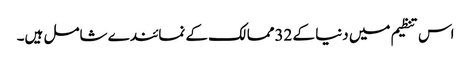
اس تنظیم میں دنیا کے 32ممالک کے نمائندے شامل ہیں۔